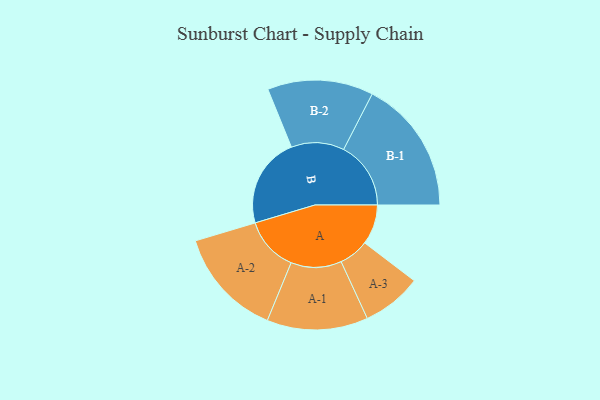
{"axis": {"x": "Segment", "y": "Value"}, "legend": ["", "A", "B"], "data": [{"x": "A", "y": 151, "type": ""}, {"x": "B", "y": 342, "type": ""}, {"x": "A-1", "y": 191, "type": "A"}, {"x": "A-2", "y": 206, "type": "A"}, {"x": "A-3", "y": 113, "type": "A"}, {"x": "B-1", "y": 254, "type": "B"}, {"x": "B-2", "y": 200, "type": "B"}]}